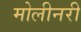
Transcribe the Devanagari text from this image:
मोलीनरी